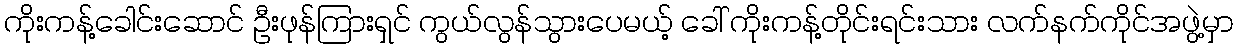
ကိုးကန့်ခေါင်းဆောင် ဦးဖုန်ကြားရှင် ကွယ်လွန်သွားပေမယ့် ခေါ် ကိုးကန့်တိုင်းရင်းသား လက်နက်ကိုင်အဖွဲ့မှာ